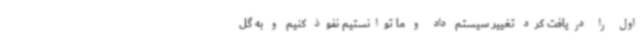
اول را دریافت کرد تغییر سیستم داد و ما توانستیم نفوذ کنیم و به گل